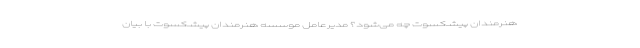
هنرمندان پیشکسوت چه می‌شود؟ مدیرعامل موسسه هنرمندان پیشکسوت با بیان